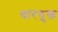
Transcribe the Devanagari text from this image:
धारयुक्त